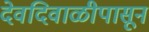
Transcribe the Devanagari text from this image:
देवदिवाळीपासून